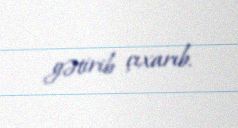
gətirib çıxarıb.